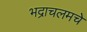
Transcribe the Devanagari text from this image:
भद्राचलमचे